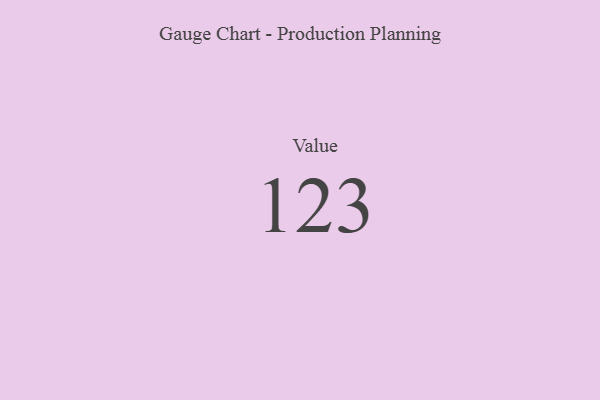
{"axis": {"x": "Metric", "y": "Value"}, "legend": [""], "data": [{"x": "Value", "y": 123, "type": ""}]}